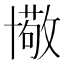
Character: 𠧂